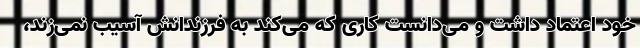
خود اعتماد داشت و می‌دانست کاری که می‌کند به فرزندانش آسیب نمی‌زند،